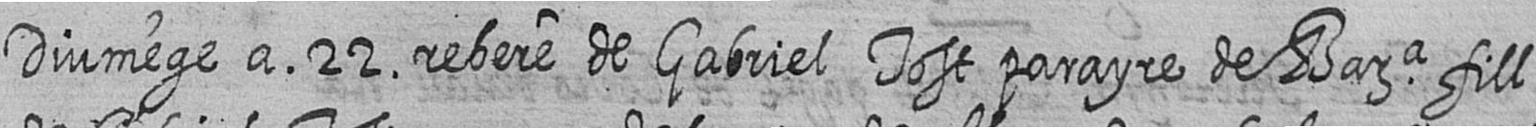
Diumege a 22 rebere de Gabriel Tost parayre de Bara fill